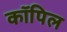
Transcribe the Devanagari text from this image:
कॉपिल